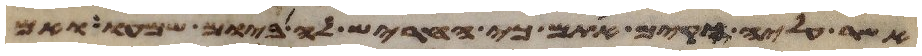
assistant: אשר עליה הקים אתם כי חריש לה ביום שמעו ואם